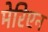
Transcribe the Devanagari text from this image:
मेरिएन